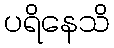
ပရိနေသိ